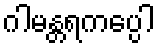
ဂါမန္တရကပ္ပေါ